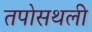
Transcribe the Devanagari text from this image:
तपोसथली